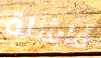
فاشلة